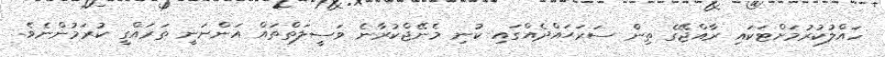
ހައްލުކުރުމަށްޓަކައި ރާއްޖޭގެ ތިން ސަރަޙައްދެއްގައި ކުނި މެނޭޖްކުރާނެ ވަސީލަތްތައް އަންނަނީ ތަރައްގީ ކުރަމުންނެވެ.